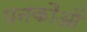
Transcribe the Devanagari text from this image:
पनकौओं